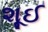
શૂઈ